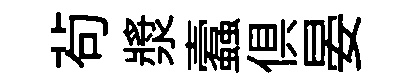
茍漿蠧俱晏